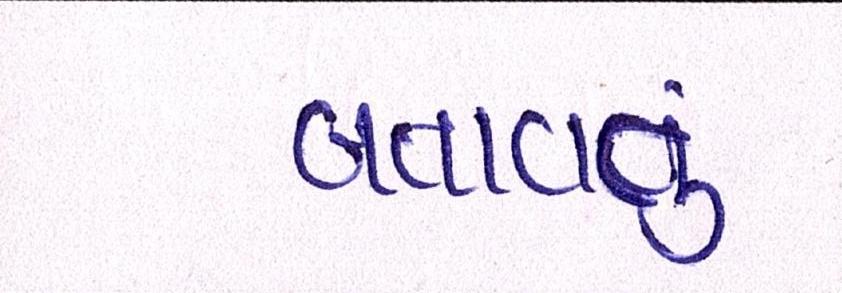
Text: બતાવતું